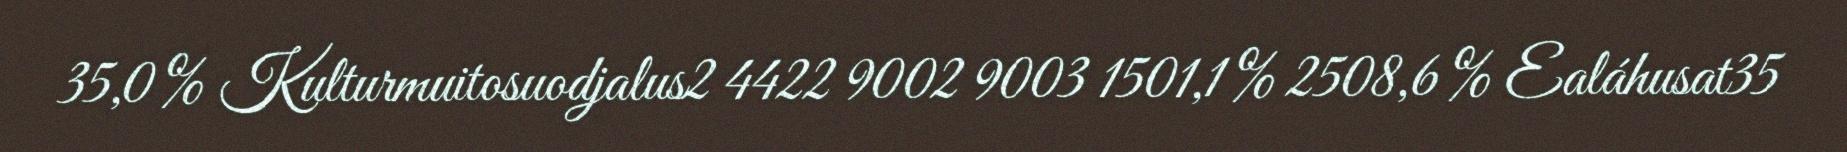
35,0 % Kulturmuitosuodjalus2 4422 9002 9003 1501,1 % 2508,6 % Ealáhusat35